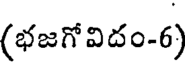
(భజగోవిదం-6)